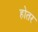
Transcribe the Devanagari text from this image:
होतर